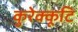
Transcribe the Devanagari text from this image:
कुरेक्कूटि